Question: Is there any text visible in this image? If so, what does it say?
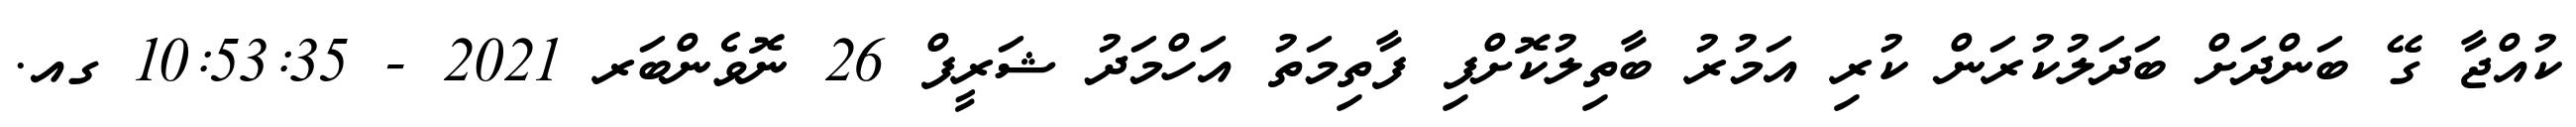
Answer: ކުއްޖާ ގޭ ބަންދަށް ބަދަލުކުރަން ކުރި އަމުރު ބާތިލުކޮށްފި ފާތިމަތު އަހްމަދު ޝަރީފް 26 ނޮވެންބަރ 2021 - 10:53:35 ގއ.